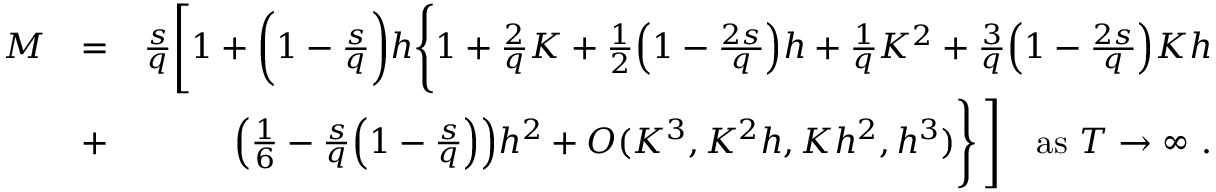
\begin{array} { r l r } { M } & { = } & { \frac { s } { q } \Bigg [ 1 + \bigg ( 1 - \frac { s } { q } \bigg ) h \Bigg \{ 1 + \frac { 2 } { q } K + \frac { 1 } { 2 } \Big ( 1 - \frac { 2 s } { q } \Big ) h + \frac { 1 } { q } K ^ { 2 } + \frac { 3 } { q } \Big ( 1 - \frac { 2 s } { q } \Big ) K h } \\ & { + } & { \Big ( \frac { 1 } { 6 } - \frac { s } { q } \Big ( 1 - \frac { s } { q } \Big ) \Big ) h ^ { 2 } + O ( K ^ { 3 } , K ^ { 2 } h , K h ^ { 2 } , h ^ { 3 } ) \Bigg \} \, \Bigg ] \quad \mathrm { a s } \ T \to \infty \ . } \end{array}